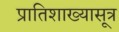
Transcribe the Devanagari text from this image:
प्रातिशाख्यासूत्र